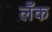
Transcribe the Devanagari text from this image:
लँक